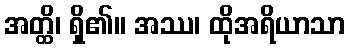
အတ္ထိ၊ ရှိ၏။ အဿ၊ ထိုအရိယာသာ